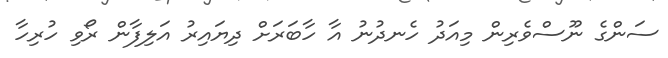
ސަންގެ ނޫސްވެރިން މިއަދު ހެނދުނު އާ ހާބަރަށް ދިޔައިރު އަލިފާން ރޯވި ހުރިހާ